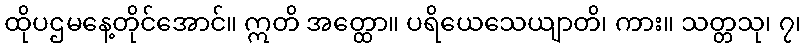
ထိုပဌမနေ့တိုင်အောင်။ ဣတိ အတ္ထော။ ပရိယေသေယျာတိ၊ ကား။ သတ္တသု၊ ၇၊